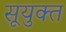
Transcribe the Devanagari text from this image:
सूयुक्त